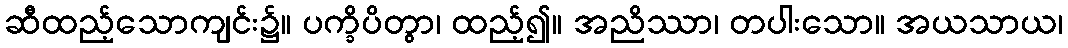
ဆီထည့်သောကျင်း၌။ ပက္ခိပိတွာ၊ ထည့်၍။ အညိဿာ၊ တပါးသော။ အယသာယ၊